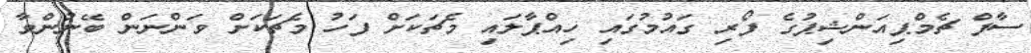
ސާފް ޗެމްޕިއަންޝިޕުގެ ފޯރި ގައުމުގައި ހިއްޕާލައި މެޗަކަށް ފަހު މެޗަކަށް ވަންނަން ބޭނުންވާ